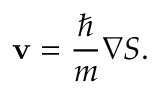
\mathbf { v } = \frac { \hbar } { m } \nabla S .